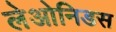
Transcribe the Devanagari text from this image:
लेओनिडस